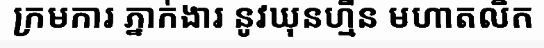
ក្រមការ ភ្នាក់ងារ នូវឃុនហ្មឺន មហាតលិក